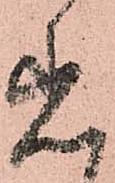
着